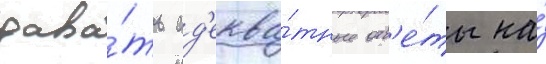
дава́ть ад'еква́тные отв'е́ты на́